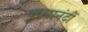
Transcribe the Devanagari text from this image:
परमानंदीं